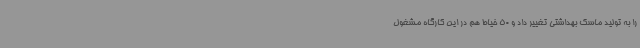
را به تولید ماسک بهداشتی تغییر داد و 50 خیاط هم در این کارگاه مشغول